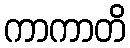
ကာကာတိ